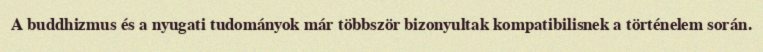
A buddhizmus és a nyugati tudományok már többször bizonyultak kompatibilisnek a történelem során.